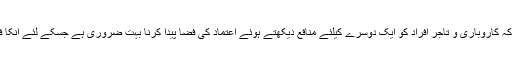
انہوں نے مزید بتایا کہ کاروباری و تاجر افراد کو ایک دوسرے کیلئے منافع دیکھتے ہوئے اعتماد کی فضا پیدا کرنا بہت ضروری ہے جسکے لئے انکا فورم کام کررہا ہے ۔